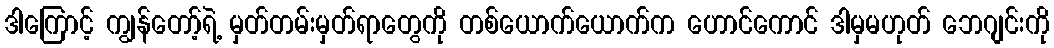
ဒါကြောင့် ကျွန်တော့်ရဲ့ မှတ်တမ်းမှတ်ရာတွေကို တစ်ယောက်ယောက်က ဟောင်ကောင် ဒါမှမဟုတ် ဘေဂျင်းကို